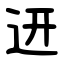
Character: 䢎